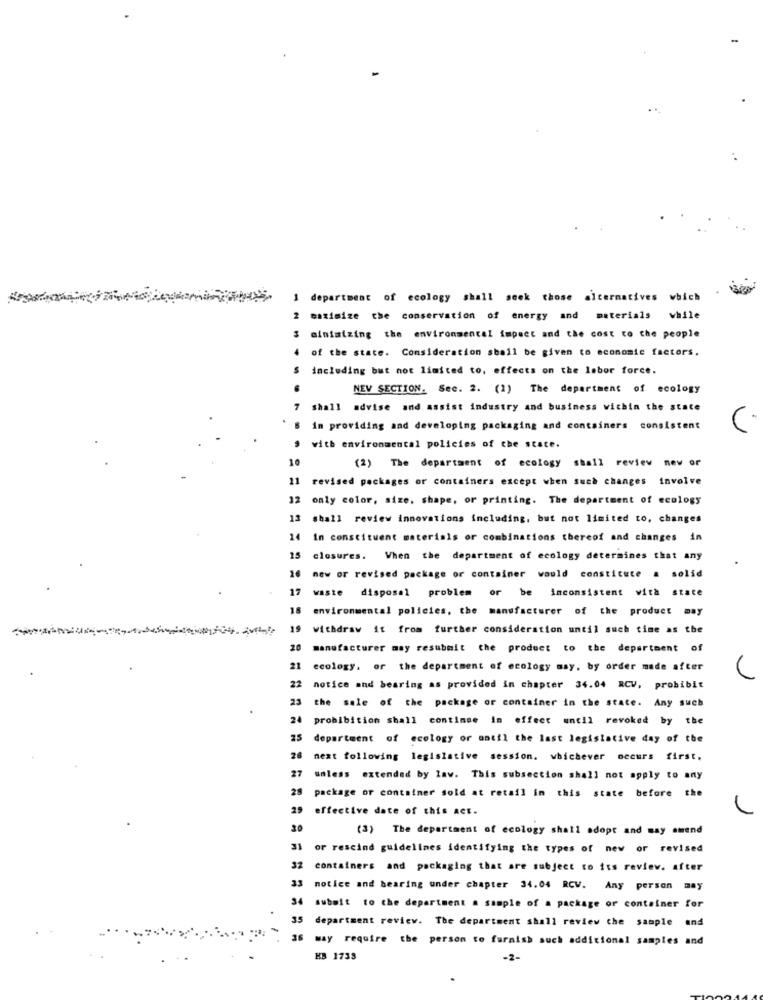
1 department of ecology shall seek those alternatives which
2 maximize the conservation of energy and materials while
$ minimizing the environmental impact and the cost to the people
of the state. Consideration shall be given to economic factors.
including but not limited to, effects on the labor force.
NEV SECTION. Sec. 2. (1) The department of ecology
7 shall advise and assist industry and business within the state
L
in providing and developing packaging and containers consistent
with environmental policies of the state.
10
(2) The department of ecology shall review new or
11
revised packages or containers except when such changes involve
12
only color, size, shape, or printing. The department of ecology
13
shall review innovations including, but not limited to, changes
14 in constituent materials or combinations thereof and changes in
15
closures. When the department of ecology determines that any
new or revised package or container would constitute a solid
17
waste disposal problem or be inconsistent with state
18
environmental policies, the manufacturer of the product may
withdraw it from further consideration until such time as the
manufacturer may resubmit the product to the department of
21
ecology, or the department of ecology may, by order made after
22 notice and bearing as provided in chapter 34.04 RCV, probibit
23 the sale of the package or container in the state. Any such
24
prohibition shall continue in effect until revoked by the
25
department of ecology or antil the last legislative day of the
26
next following legislative session. whichever occurs first.
27
unless extended by law. This subsection shall not apply to any
28
package or container sold at retail in this state before the
29
effective date of this Act.
30
(3) The department of ecology shall adopt and may amend
31
or rescind guidelines identifying the types of new or revised
32
containers and packaging that are subject to its review. after
31
notice and bearing under chapter 34.04 RCV. Any person may
34
submit to the department a sample of a package or container for
department review. The department shall review the sample
und
36 may require the person to furnish such additional samples and
HB 1733
-2-